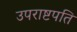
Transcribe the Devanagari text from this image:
उपराष्टपति